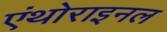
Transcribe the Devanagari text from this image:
एंथोराइनल